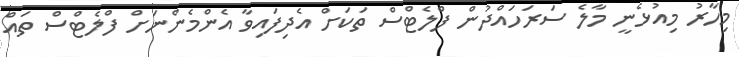
މިހާރު މިއުޅެނީ މާލެ ސަރަހައްދުން ފްލެޓްސް ތަކަށް އެދިފައިވާ އެންމެންނަށް ފްލެޓްސް ތައް